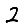
Digit: 2